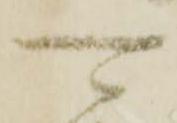
可